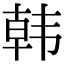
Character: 韩